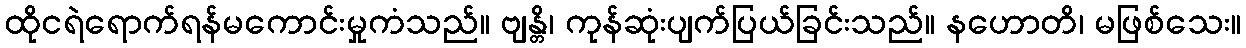
ထိုငရဲရောက်ရန်မကောင်းမှုကံသည်။ ဗျန္တိ၊ ကုန်ဆုံးပျက်ပြယ်ခြင်းသည်။ နဟောတိ၊ မဖြစ်သေး။